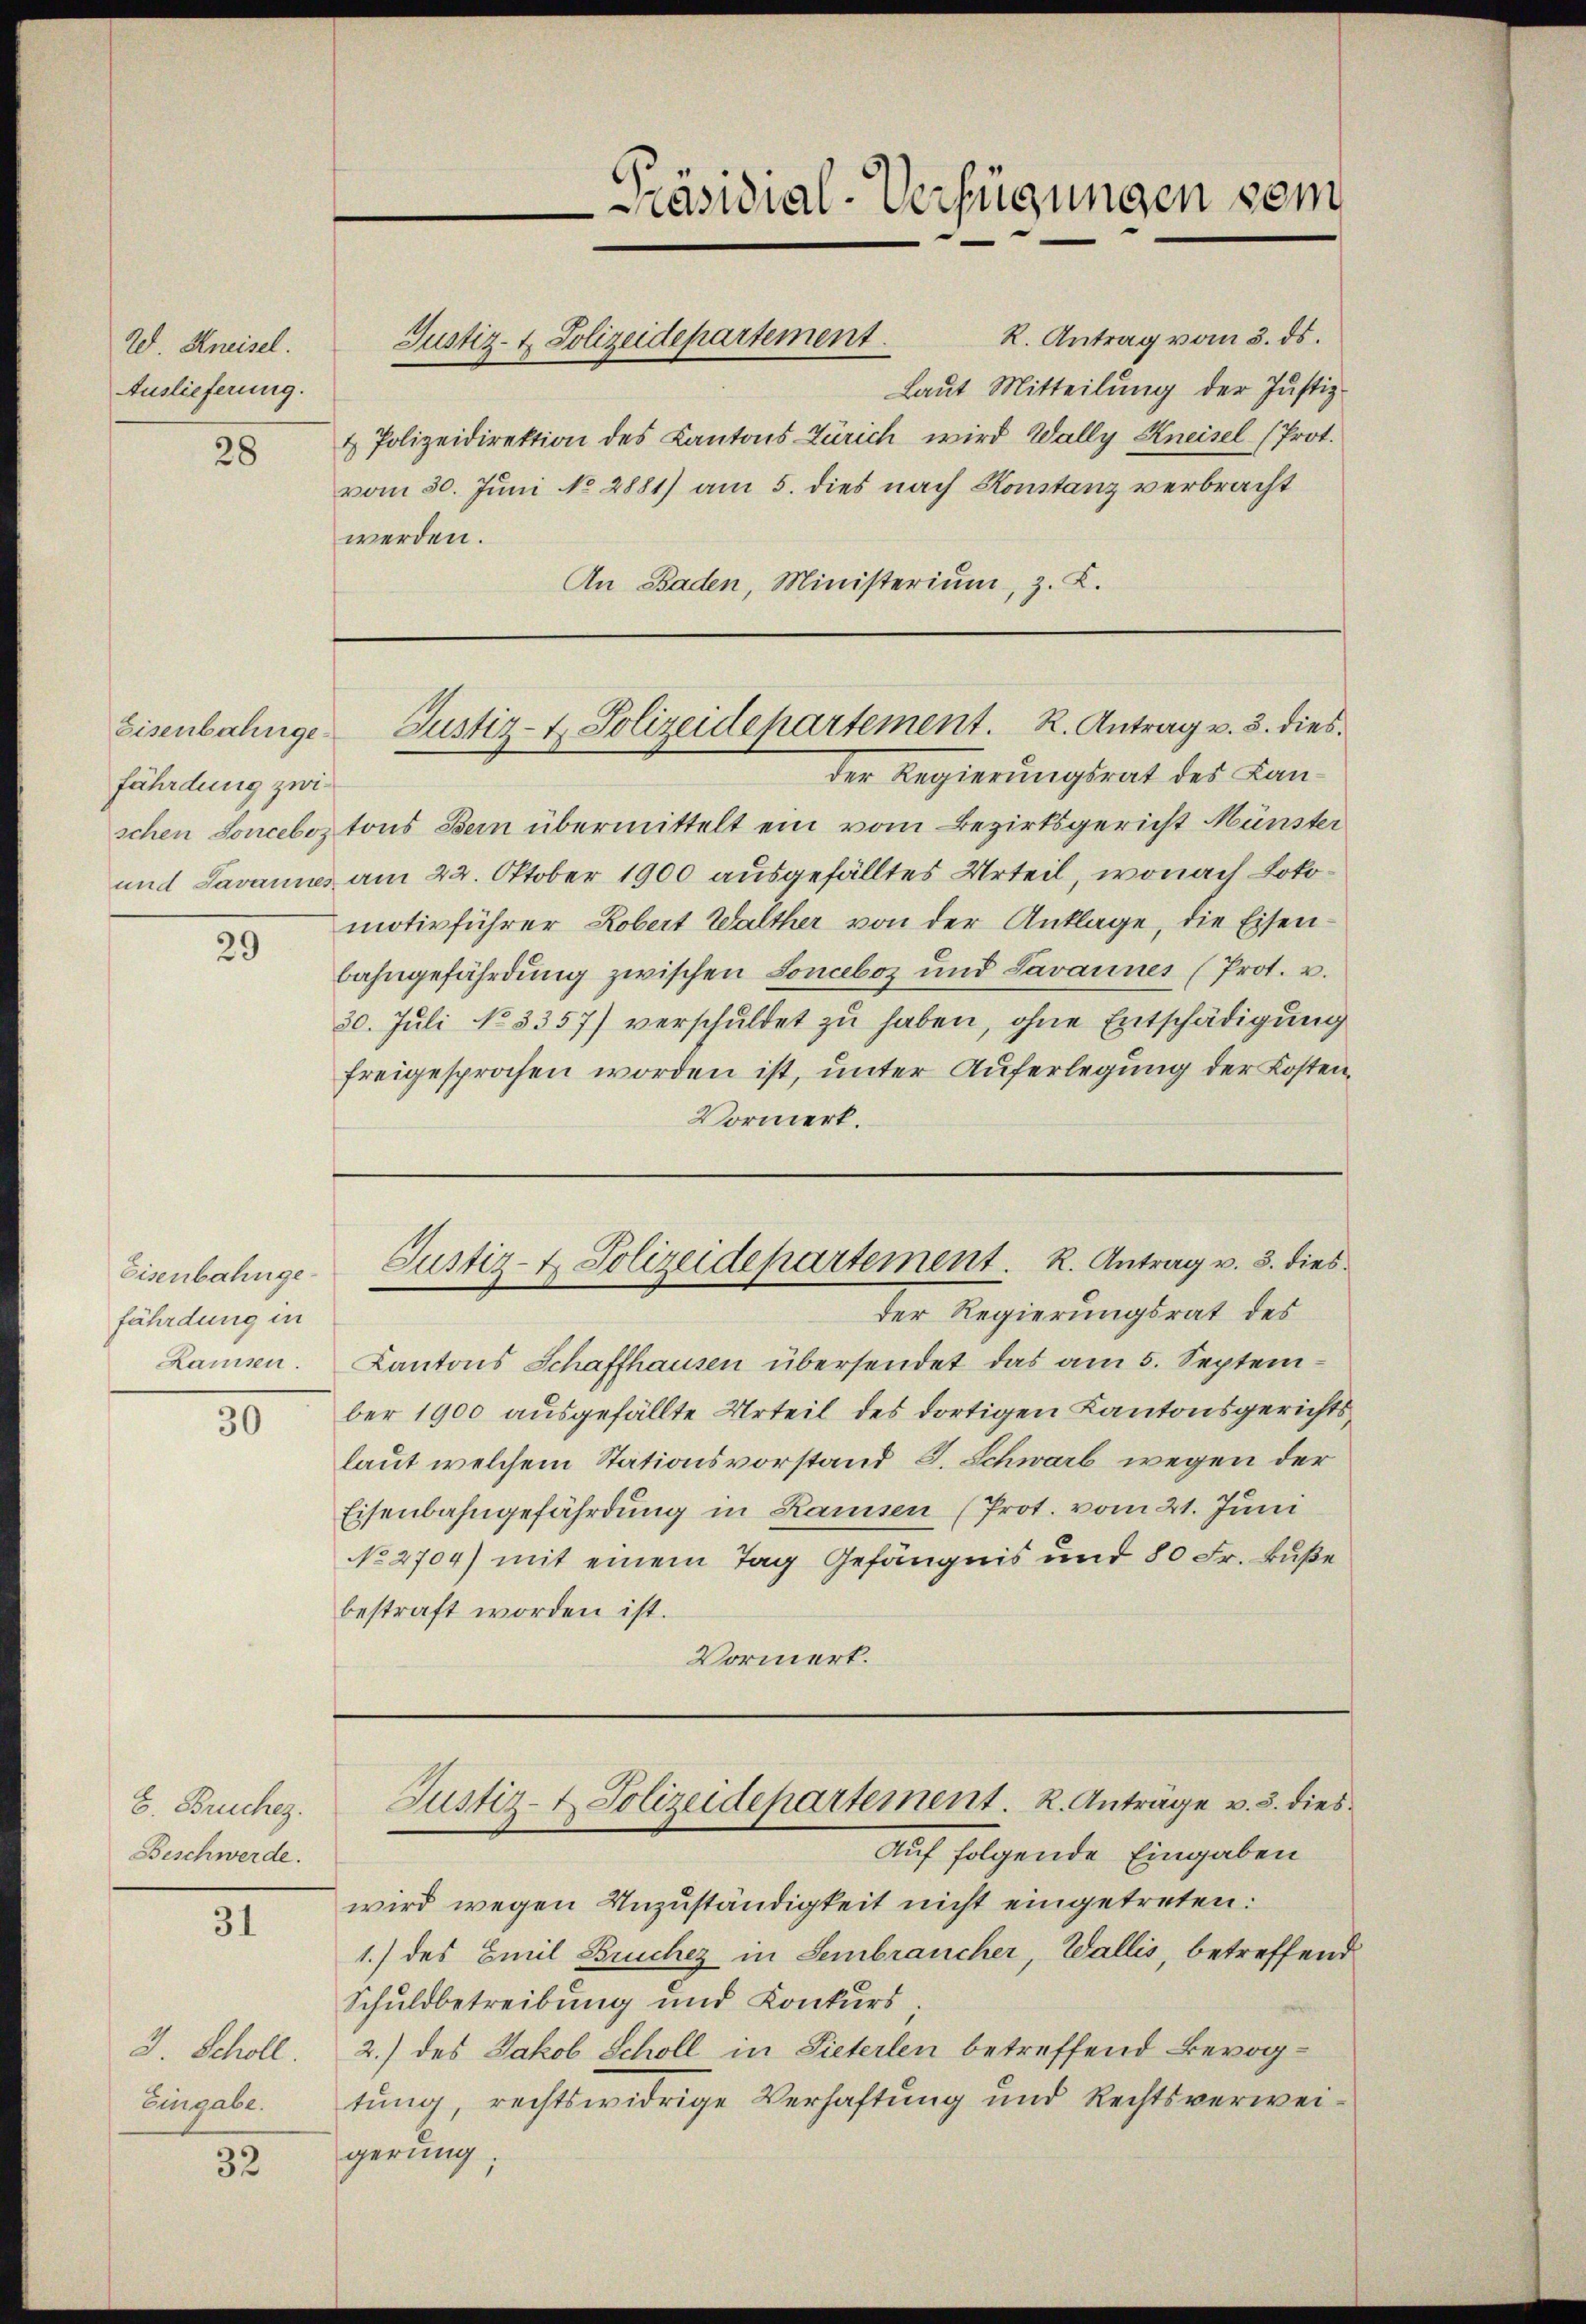
We. Kneisel.
Auslieferung.

28

Eisenbahngefährdung zwi¬

29

fährdung in

30

E. Bruches.
Beschwerde.

31

Eingabe.

32

der Regierungsrat des Lanschen Sonceboz tons Bern übermittelt ein vom Bezirksgericht Münster
und Javannes am 22. Oktober 1900 ausgefälltes Urteil, wonach Lokomotivführer Robert Walther von der Anklage, die Eisenbahngefährdung zwischen Lonceboz und Lavannes (Prot. u.
30. Juli No 3357) verschuldet zu haben, ohne Entschädigung
freigesprochen worden ist, unter Auferlegung der Kosten,
Vormerk.
Eisenbahnge- Justiz- & Polizeidepartement. K. Antrag v. 8. dies
der Regierungsrat des
Lammen. Kantons Schaffhausen übersendet das am 5. Septem-
ber 1900 ausgefällte Urteil des dortigen Kantonsgerichtslaut welchem Stationsvorstand S. Schwarb wegen der
Eisenbahngefährdung in Ramsen (Prot. vom 21. Juni
No 2704) mit einem Tag Gefängnis und 80 Fr. Buße
bestraft worden ist.
Vormerk.

R. Antrag vom 3. ds.
Laut Mitteilung der Justiz-
& Polizeidirektion des Cantons Zürich wird Wally Kneisel (Prot.
vom 30. Juni No 2881) am 5. dies nach Konstanz verbracht
werden.
An Baden, Ministerium, z. B.

Präsidial-Verfügungen sein

Justiz- & Polizeidepartement.

Justiz- & Polizeidepartement. K. Antrag v. 3. dies

Justiz- & Polizeidepartement. R. Anträge v. 3. dies

Auf folgende Eingaben
wird wegen Unzuständigkeit nicht eingetreten:
1.) des Emil Bruchez in Sembraucher, Wallis, betreffend
Schuldbetreibung und Konkurs
J. Scholl. 2.) des Jakob Scholl in Pieterlen betreffend Bevog-
tung, rechtswidrige Verhaftung und Rechtsverweigerung: